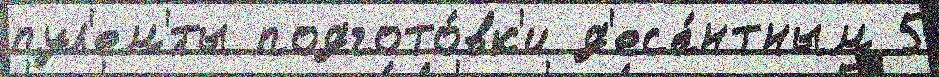
пул'ем'́ты подгото́вк'и д'еса́нтным 5